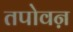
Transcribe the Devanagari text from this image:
तपोवऩ